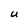
Character: U